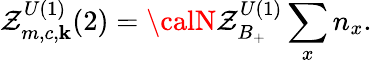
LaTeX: \mathcal{Z}_{m,c,\mathbf{k}}^{U(1)}(2)={\calN}\mathcal{Z}_{B_{+}}^{U(1)}\sum_{x}n_{x}.